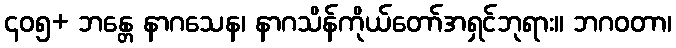
၄၀၅+ ဘန္တေ နာဂသေန၊ နာဂသိန်ကိုယ်တော်အရှင်ဘုရား။ ဘဂဝတာ၊